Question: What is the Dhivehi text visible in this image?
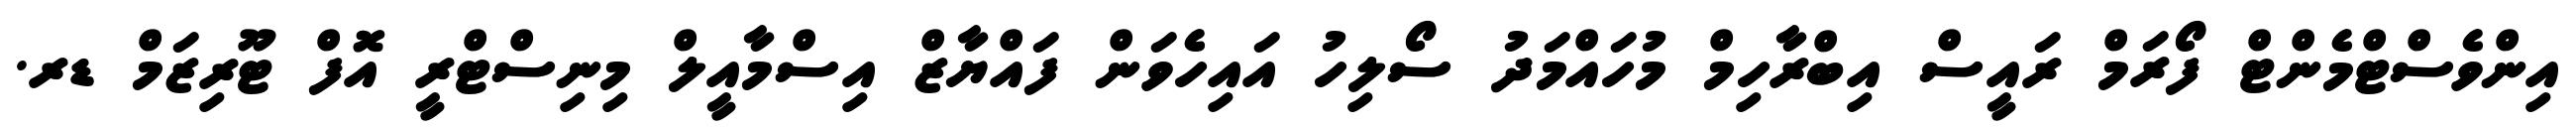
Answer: އިންވެސްޓްމެންޓް ފޯރަމް ރައީސް އިބްރާހިމް މުހައްމަދު ސޯލިހު އައިހެވަން ފައްޔާޒް އިސްމާއީލް މިނިސްޓްރީ އޮފް ޓޫރިޒަމް ޑރ.